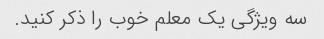
سه ویژگی یک معلم خوب را ذکر کنید.